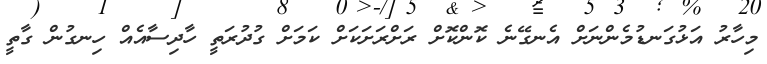
މިހާރު އަޅުގަނޑުމެންނަށް އެނގޭނެ ކޮންކޮށް ރަށްރަށަކަށް ކަމަށް ގުދުރަތީ ހާދިސާއެއް ހިނގުން ގާތީ